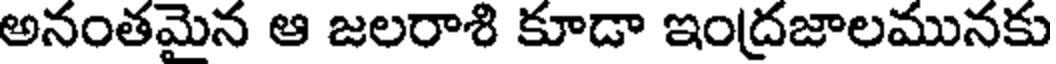
అనంతమైన ఆ జలరాశి కూడా ఇంద్రజాలమునకు